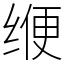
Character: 缏